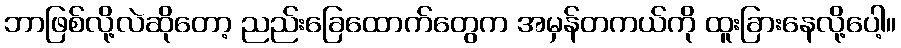
ဘာဖြစ်လို့လဲဆိုတော့ ညည်းခြေထောက်တွေက အမှန်တကယ်ကို ထူးခြားနေလို့ပေါ့။